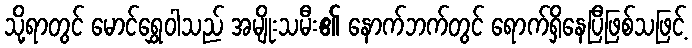
သို့ရာတွင် မောင်ရွှေဝါသည် အမျိုးသမီး၏ နောက်ဘက်တွင် ရောက်ရှိနေပြီဖြစ်သဖြင့်